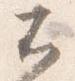
不